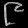
Digit: ၉